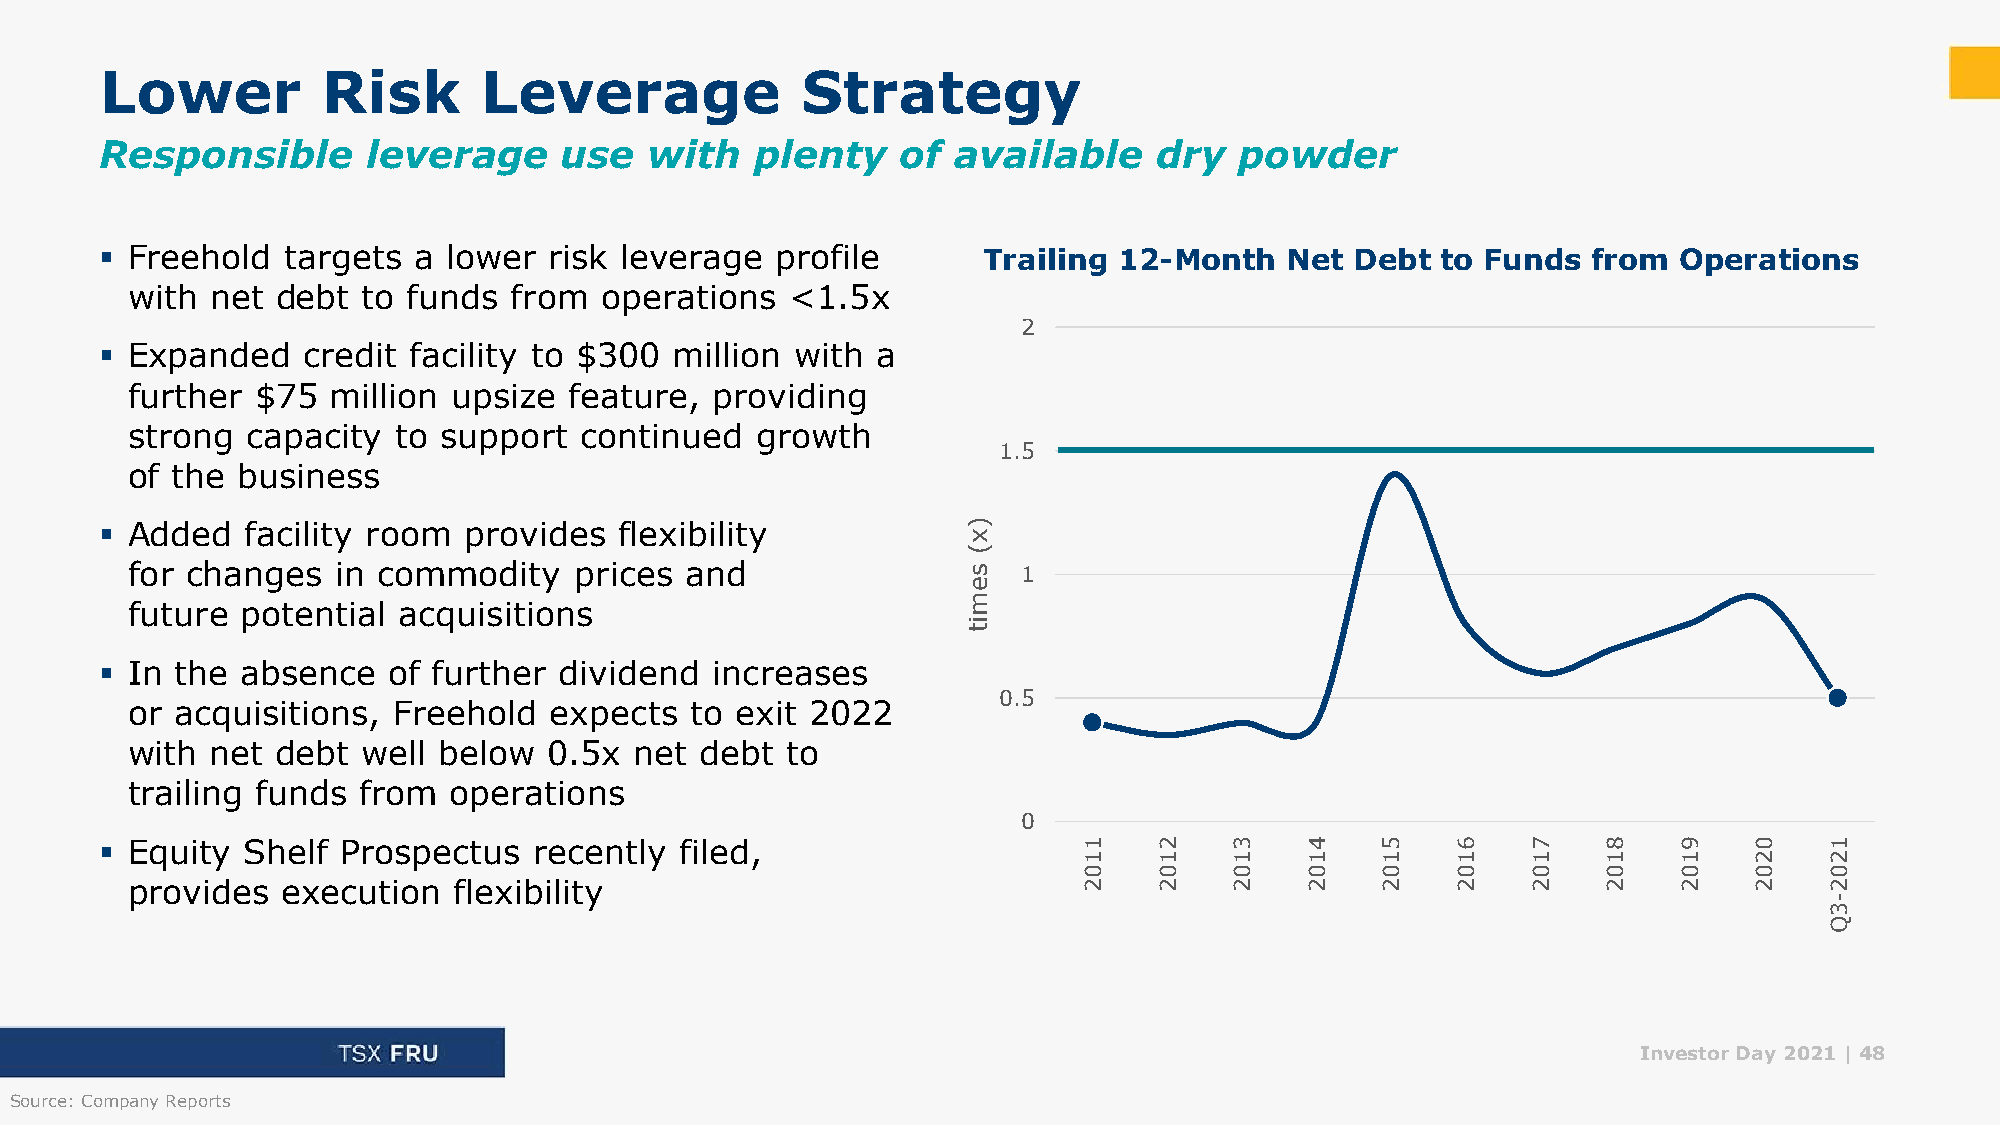
Lower         Risk       Leverage             Strategy
 Responsible      leverage     use   with   plenty    of available    dry   powder
 ▪ Freehold  targets a  lower risk leverage  profile       Trailing 12-Month   Net  Debt to Funds  from  Operations
 with  net debt  to funds  from  operations  <1.5x
 2
 ▪ Expanded   credit facility to $300 million  with a
 further  $75  million upsize  feature, providing
 strong  capacity  to support  continued   growth
 1.5
 of the  business
 ▪ Added  facility room  provides  flexibility            )
 x
 (
 for changes   in commodity    prices and                s   1
 e
 m
 future  potential acquisitions
 i
 t
 ▪ In the absence   of further dividend  increases
 0.5
 or  acquisitions, Freehold  expects   to exit 2022
 with  net debt  well below  0.5x  net debt  to
 trailing funds  from  operations
 0
 ▪ Equity Shelf  Prospectus  recently  filed,                     1    2    3    4   5    6    7    8    9    0    1
 1    1    1    1   1    1    1    1    1    2    2
 0    0    0    0   0    0    0    0    0    0    0
 provides   execution  flexibility                               2    2    2    2   2    2    2    2    2    2    2
 -
 3
 Q
 Investor Day 2021 |48
 Source: Company Reports